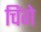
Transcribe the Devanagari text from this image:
चिंगे